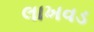
લાખવડ